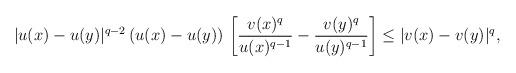
LaTeX: \begin{align*}|u(x)-u(y)|^{q-2}\, (u(x)-u(y))\,& \left[\frac{v(x)^q}{u(x)^{q-1}}-\frac{v(y)^q}{u(y)^{q-1}}\right]\le|v(x)-v(y)|^q,\end{align*}